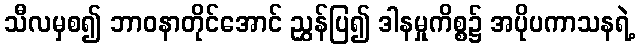
သီလမှစ၍ ဘာဝနာတိုင်အောင် ညွှန်ပြ၍ ဒါနမှုကိစ္စ၌ အပိုပကာသနရဲ့